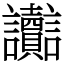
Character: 讟